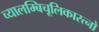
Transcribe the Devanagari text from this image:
व्यालम्बिचूलिकारत्नो